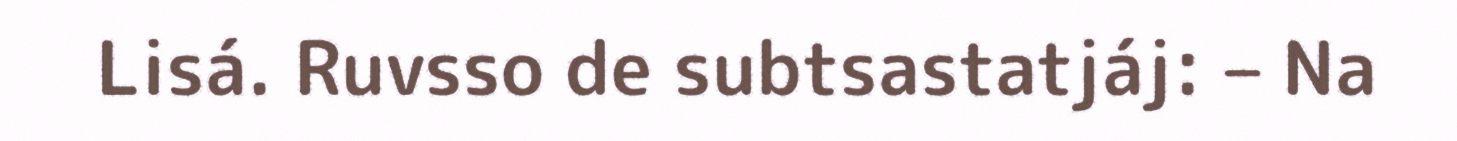
Lisá. Ruvsso de subtsastatjáj: – Na